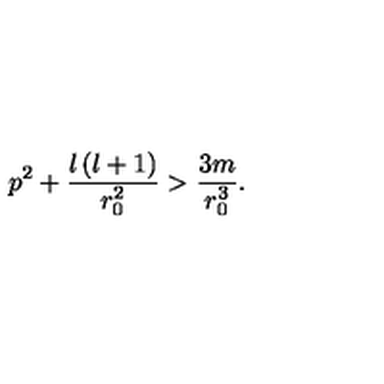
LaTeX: p ^ { 2 } + \frac { l \left( l + 1 \right) } { r _ { 0 } ^ { 2 } } > \frac { 3 m } { r _ { 0 } ^ { 3 } } .